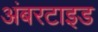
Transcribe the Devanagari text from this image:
अंबरटाइड